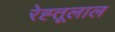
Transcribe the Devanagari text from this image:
रेह्तूलाल